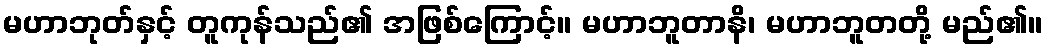
မဟာဘုတ်နှင့် တူကုန်သည်၏ အဖြစ်ကြောင့်။ မဟာဘူတာနိ၊ မဟာဘူတတို့ မည်၏။